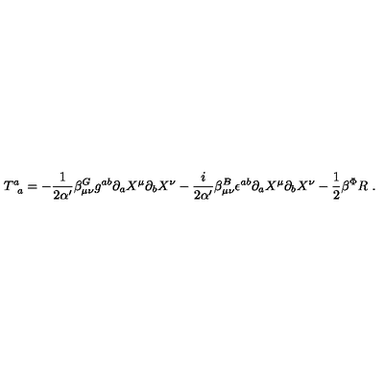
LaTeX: T _ { \phantom { a } a } ^ { a } = - { \frac { 1 } { 2 \alpha ^ { \prime } } } \beta _ { \mu \nu } ^ { G } g ^ { a b } \partial _ { a } X ^ { \mu } \partial _ { b } X ^ { \nu } - { \frac { i } { 2 \alpha ^ { \prime } } } \beta _ { \mu \nu } ^ { B } \epsilon ^ { a b } \partial _ { a } X ^ { \mu } \partial _ { b } X ^ { \nu } - { \frac { 1 } { 2 } } \beta ^ { \Phi } R \ .